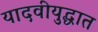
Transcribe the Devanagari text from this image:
यादवीयुद्धात